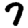
Digit: 7